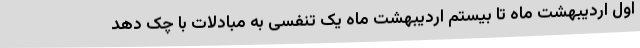
اول اردیبهشت ماه تا بیستم اردیبهشت ماه یک تنفسی به مبادلات با چک دهد